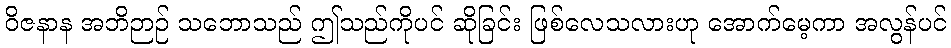
ဝိဇနာန အဘိဉာဉ် သဘောသည် ဤသည်ကိုပင် ဆိုခြင်း ဖြစ်လေသလားဟု အောက်မေ့ကာ အလွန်ပင်